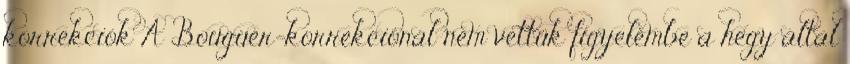
korrekciók A Bouguer-korrekciónál nem vettük figyelembe a hegy által